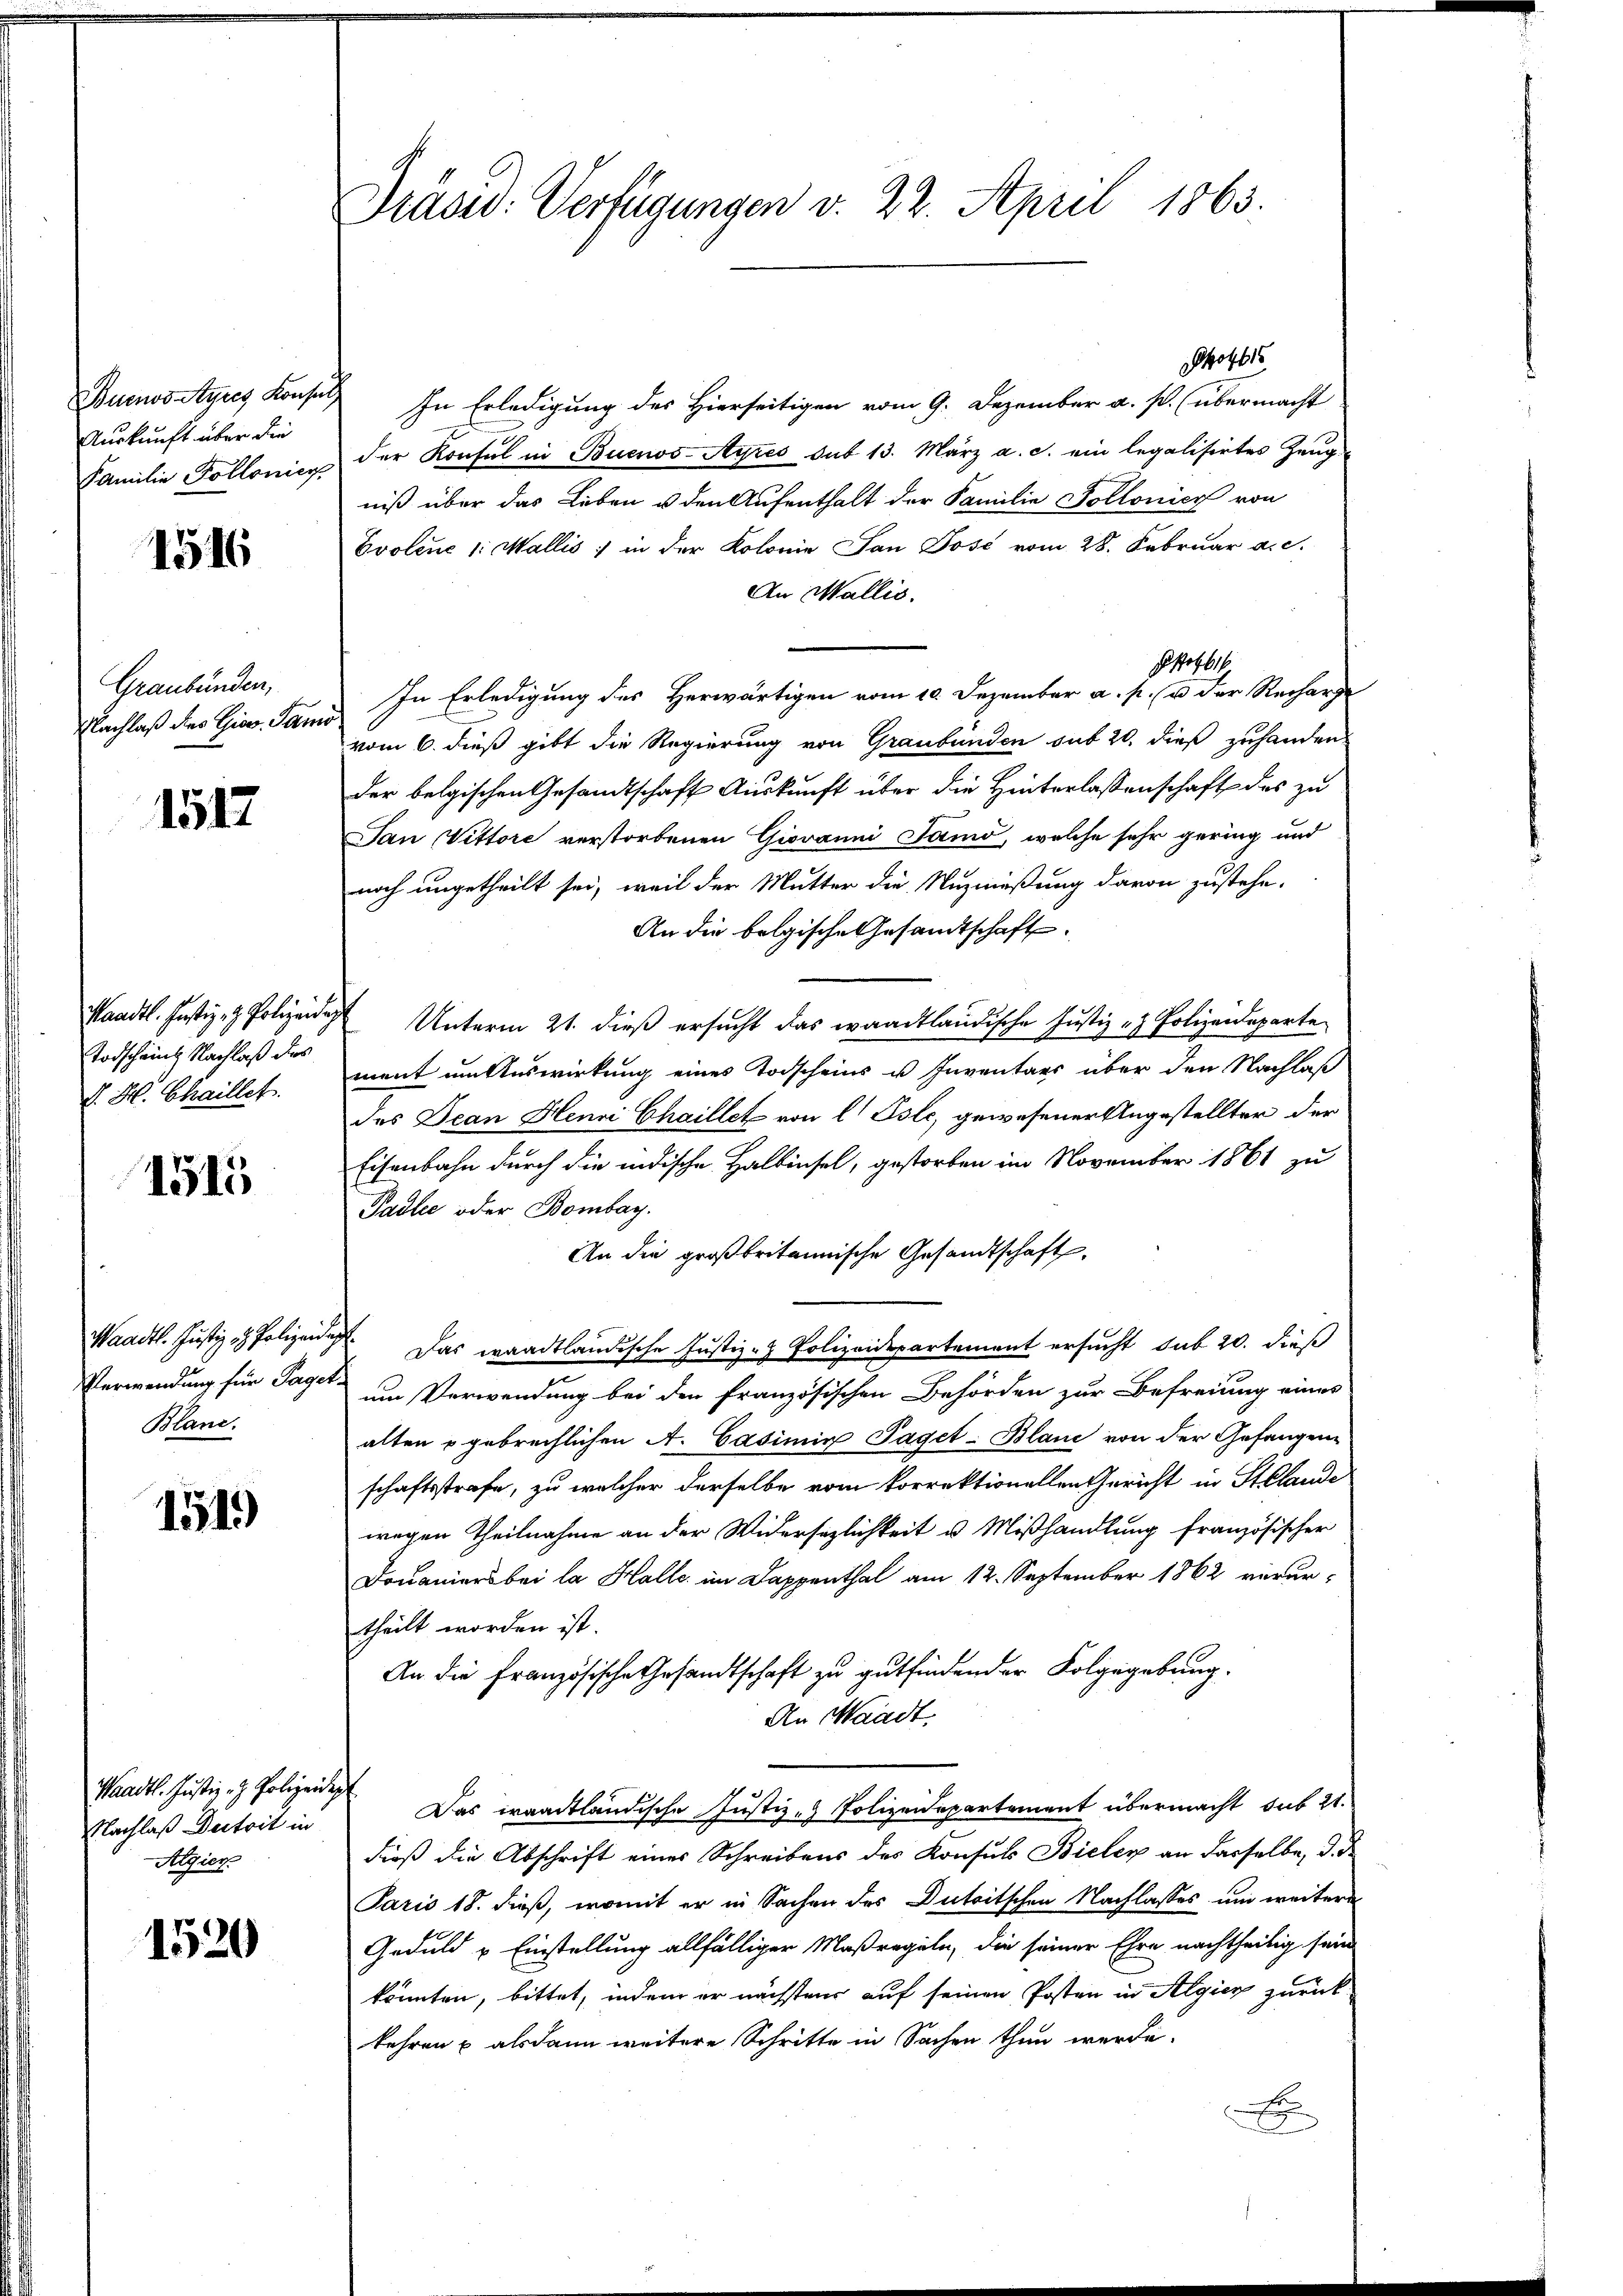
Buenos-Ayres Konsen
Auskunft über die
Familie Pollonier

1546

Graubünden,
Nachlaß des Gior. Janis

1517

Paadtl. Justiz- & Polizeide
Todscheint Nachlaß des
V. H. Chaillet.

1515

Waadt. Justiz & Polizei
Verwendung für Tager
Bland.

1519)

Waadt. Justiz - Polizei
Nachlaß Dutrit in
Algier

1520

Präsid. Verfügungen v. 22. April 1863.

Phot
In Erledigung des Hierseitigen vom 9. Dezember a. p. übermacht
der Konsul in Buenos-Ayres sub 13. März a. c. ein legalisirtes Zeug
niß über das Leben u den Aufenthalt der Familie Tollonier von
Evolene 1: Wallis, in der Kolonie San José vom 28. Februar a. c.
An Wallis.
Hofl
In Erledigung des Herwärtigen vom 10. Dezember a. p. u der Recharge
vom 6. dieß gibt die Regierung von Graubünden sub 20. dieß zuhanden
der belgischen Gesandtschaft Auskunft über die Hinterlassenschaft des zu
San Vittore verstorbenen Giovanni Jamo, welche sehr gering und
nnoch ungetheilt sei, weil der Mutter die Nuzmüßung davon zustehe.
An die belgische Gesandtschaft
Unterm 21. dieß ersucht das waadtländische Justiz - Polizeideparte
ment um Auswirkung eines Todscheins u Inventars über den Nachlaß
des Jean Henri Chaillet von l Psle, gewesener Angestellter der
Eisenbahn durch die indische Halbinsel, gestorben im November 1861 zu
Padler oder Bombay.
An die großbritannische Gesandtschaft.
d. Das waadtländische Justiz- Polizeidepartement ersucht sub 20. dieß
um Verwendung bei den französischen Behörden zur Befreiung eines
alten u gebrechlichen A. Casimir Taget-Blanc von der Gefangen
schaftsstrafe, zu welcher derselbe vom korrektionellen Gericht in Stelande
wegen Theilnahme an der Widersezlichkeit u. Mißhandlung französischer
Douaniers bei la Halle im Dappenthal am 12. September 1862 verurtheilt worden ist.
An die französische Gesandtschaft zu gutfindender Folgegebung.
An Waadt.
 Das iraadtländische Justiz - Polizeidepartement übermacht sub 21.
dieß die Abschrift eines Schreibens des Konsuls Bieler an dasselbe, d. d
Paris 18. dieß, womit er in Sachen des Dutritschen Nachlasses und weitere
Geduld u Einstellung allfälliger Maßregeln, die seiner Ehre nachtheilig sein
könnten, bittet, indem er nächstens auf seinen Posten in Algier zurück
kehren & alsdann weitere Schritte in Sachen thun werde.
x